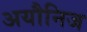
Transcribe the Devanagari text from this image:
अयौनिज